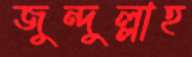
জুন্দুল্লাহ